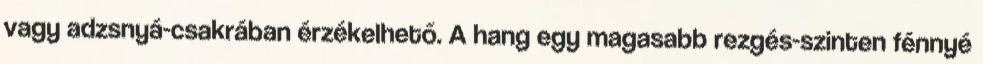
vagy adzsnyá-csakrában érzékelhető. A hang egy magasabb rezgés-szinten fénnyé